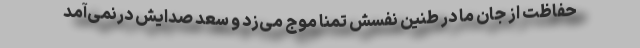
حفاظت از جان ما در طنین نفسش تمنا موج می‌زد و سعد صدایش درنمی‌آمد